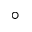
\circ